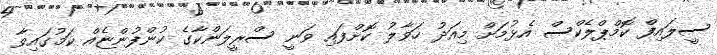
ސީލައިފް ކޮމްޕްލެކްސް އެޅުމަށް މިއަދު ހަވާލު ކޮށްފައި ވަނީ ސްރީލަންކާގެ ކުންފުންޏެއް ކަމުގައިވާ